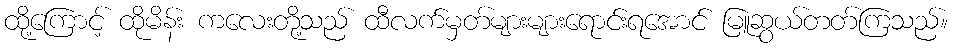
ထို့ကြောင့် ထိုမိန်း ကလေးတို့သည် ထီလက်မှတ်များများရောင်းရအောင် မြူဆွယ်တတ်ကြသည်။